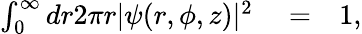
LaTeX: \begin{array}{rlr}{\int_{0}^{\infty}dr2\pi r|\psi(r,\phi,z)|^{2}}&{{}=}&{1,}\end{array}